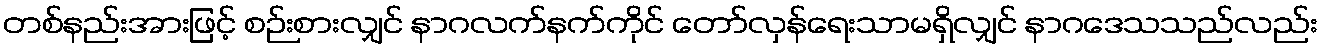
တစ်နည်းအားဖြင့် စဉ်းစားလျှင် နာဂလက်နက်ကိုင် တော်လှန်ရေးသာမရှိလျှင် နာဂဒေသသည်လည်း